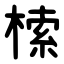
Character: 㮦